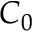
C _ { 0 }